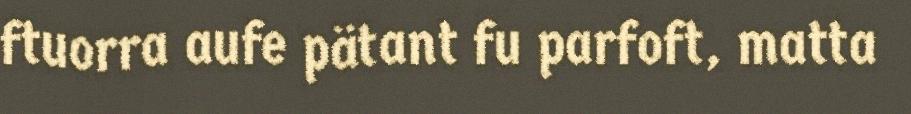
ftuorra aufe pätant fu parfoft, matta